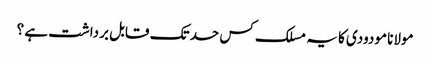
مولانا مودودی کا یہ مسلک کس حد تک قابل برداشت ہے ؟